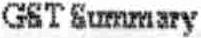
GST SUMMARY